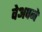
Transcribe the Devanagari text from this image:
वेअपने